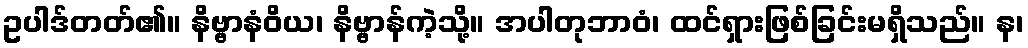
ဥပါဒ်တတ်၏။ နိဗ္ဗာနံဝိယ၊ နိဗ္ဗာန်ကဲ့သို့။ အပါတုဘာဝံ၊ ထင်ရှားဖြစ်ခြင်းမရှိသည်။ န၊